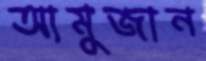
আমুজান